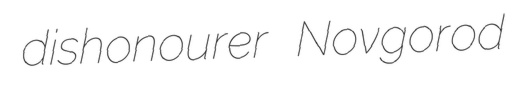
dishonourer Novgorod